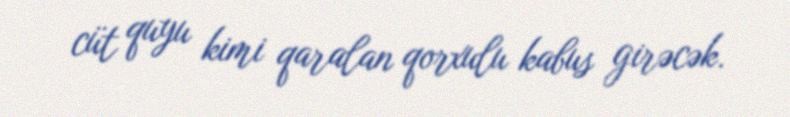
cüt quyu kimi qaralan qorxulu kabus girəcək.